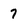
Character: 7